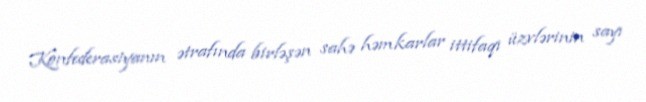
Konfederasiyanın ətrafında birləşən sahə həmkarlar ittifaqı üzvlərinin sayı